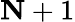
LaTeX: \le N+1